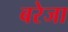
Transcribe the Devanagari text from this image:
बरेजा